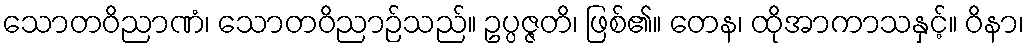
သောတဝိညာဏံ၊ သောတဝိညာဉ်သည်။ ဥပ္ပဇ္ဇတိ၊ ဖြစ်၏။ တေန၊ ထိုအာကာသနှင့်။ ဝိနာ၊